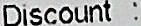
DISCOUNT :